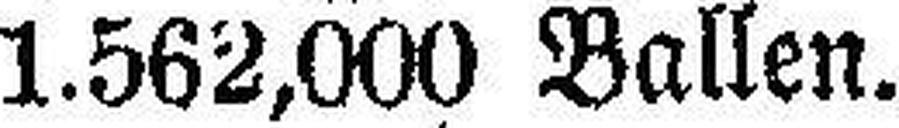
1.562,000 Ballen.